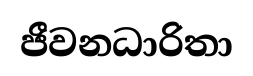
ජීවනධාරිතා